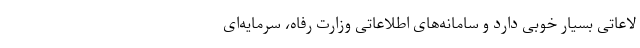
لاعاتی بسیار خوبی دارد و سامانه‌های اطلاعاتی وزارت رفاه، سرمایه‌ای